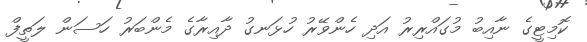
ކޮމިޓީގެ ނާއިބު މުގައްރިރު އަދި ހެންވޭރު ހުޅަނގު ދާއިރާގެ މެންބަރު ހަސަން ލަތީފް